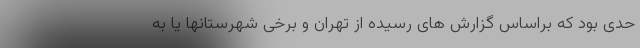
حدی بود که براساس گزارش های رسیده از تهران و برخی شهرستانها یا به